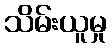
သိမ်းယူမှု